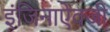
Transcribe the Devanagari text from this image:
इंजिनाऐवजी